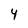
Character: 4